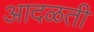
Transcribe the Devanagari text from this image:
आदळती